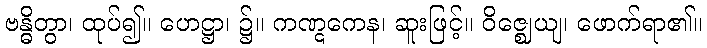
ဗန္ဓိတွာ၊ ထုပ်၍။ ဟေဋ္ဌာ၊ ၌။ ကဏ္ဋကေန၊ ဆူးဖြင့်။ ဝိဇ္ဈေယျ၊ ဖောက်ရာ၏။